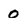
Character: 0